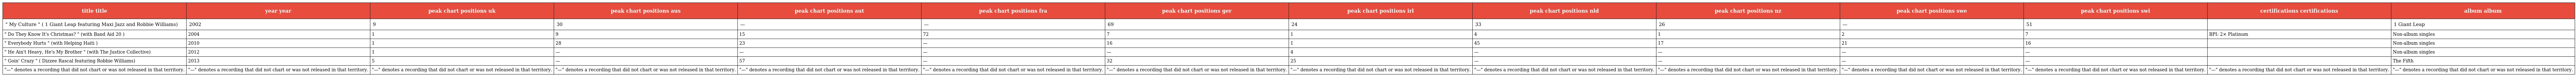
| title title | year year | peak chart positions uk | peak chart positions aus | peak chart positions aut | peak chart positions fra | peak chart positions ger | peak chart positions irl | peak chart positions nld | peak chart positions nz | peak chart positions swe | peak chart positions swi | certifications certifications | album album |
 | --- | --- | --- | --- | --- | --- | --- | --- | --- | --- | --- | --- | --- | --- |
 | " My Culture " ( 1 Giant Leap featuring Maxi Jazz and Robbie Williams) | 2002 | 9 | 30 | — | — | 69 | 24 | 33 | 26 | — | 51 |  | 1 Giant Leap |
 | " Do They Know It's Christmas? " (with Band Aid 20 ) | 2004 | 1 | 9 | 15 | 72 | 7 | 1 | 4 | 1 | 2 | 7 | BPI: 2× Platinum | Non-album singles |
 | " Everybody Hurts " (with Helping Haiti ) | 2010 | 1 | 28 | 23 | — | 16 | 1 | 45 | 17 | 21 | 16 |  | Non-album singles |
 | " He Ain't Heavy, He's My Brother " (with The Justice Collective) | 2012 | 1 | — | — | — | — | 4 | — | — | — | — |  | Non-album singles |
 | " Goin' Crazy " ( Dizzee Rascal featuring Robbie Williams) | 2013 | 5 | — | 57 | — | 32 | 25 | — | — | — | — |  | The Fifth |
 | "—" denotes a recording that did not chart or was not released in that territory. | "—" denotes a recording that did not chart or was not released in that territory. | "—" denotes a recording that did not chart or was not released in that territory. | "—" denotes a recording that did not chart or was not released in that territory. | "—" denotes a recording that did not chart or was not released in that territory. | "—" denotes a recording that did not chart or was not released in that territory. | "—" denotes a recording that did not chart or was not released in that territory. | "—" denotes a recording that did not chart or was not released in that territory. | "—" denotes a recording that did not chart or was not released in that territory. | "—" denotes a recording that did not chart or was not released in that territory. | "—" denotes a recording that did not chart or was not released in that territory. | "—" denotes a recording that did not chart or was not released in that territory. | "—" denotes a recording that did not chart or was not released in that territory. | "—" denotes a recording that did not chart or was not released in that territory. |